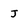
Character: J